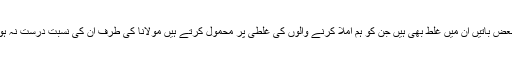
اور بعض باتیں ان میں غلط بھی ہیں جن کو ہم املا کرنے والوں کی غلطی پر محمول کرتے ہیں مولانا کی طرف ان کی نسبت درست نہ ہو گی۔